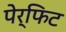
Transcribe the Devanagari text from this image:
पेर्फिट